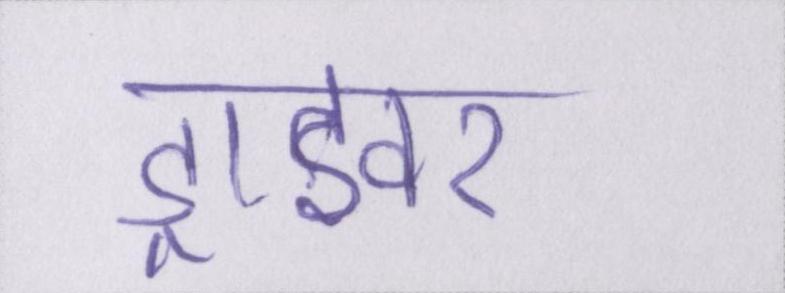
ड्राइवर